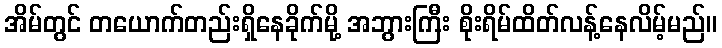
အိမ်တွင် တယောက်တည်းရှိနေခိုက်မို့ အဘွားကြီး စိုးရိမ်ထိတ်လန့်နေလိမ့်မည်။